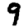
Digit: 9